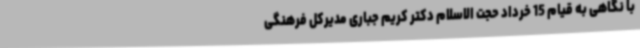
با نگاهی به قیام 15 خرداد حجت الاسلام دکتر کریم جباری مدیرکل فرهنگی